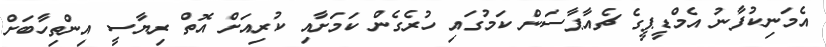
އެމަނިކުފާނު އެމްޑީޕީގެ ޗެއާޕާސަން ކަމުގައި ހުރެގެން ކަމަށާއި ކުރިއަށް އޮތް ރިޔާސީ އިންތިހާބަށް